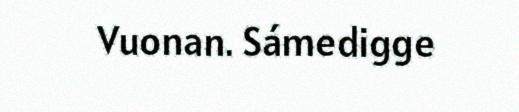
Vuonan. Sámedigge